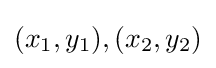
(x_{1},y_{1}),(x_{2},y_{2})